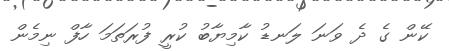
ކޭން ގެ ދެ ވަނަ ލަނޑު ކާމިޔާބު ކުރީ ފުރަތަމަ ހާފް ނިމެން